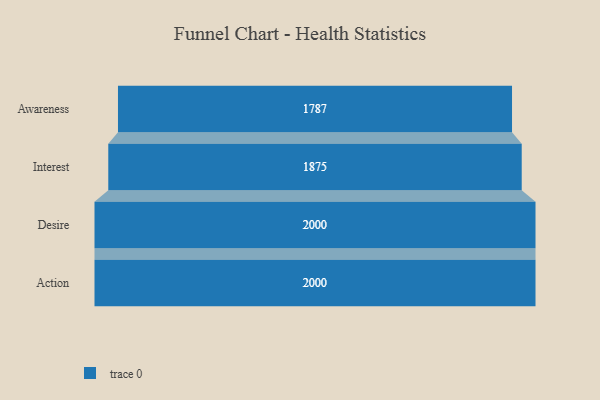
{"axis": {"x": "Stage", "y": "Value"}, "legend": [""], "data": [{"x": "Awareness", "y": 1787.0, "type": ""}, {"x": "Interest", "y": 1875.0, "type": ""}, {"x": "Desire", "y": 2000, "type": ""}, {"x": "Action", "y": 2000, "type": ""}]}